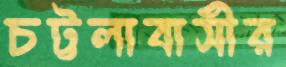
চট্টলাবাসীর